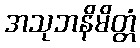
အသုဘနိမိတ္တံ